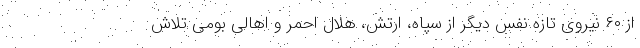
از ۶۰ نیروی تازه نفس دیگر از سپاه، ارتش، هلال احمر و اهالی بومی تلاش‌